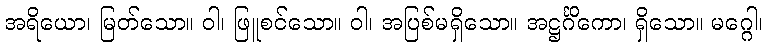
အရိယော၊ မြတ်သော။ ဝါ၊ ဖြူစင်သော။ ဝါ၊ အပြစ်မရှိသော။ အဋ္ဌင်္ဂိကော၊ ရှိသော။ မဂ္ဂေါ၊